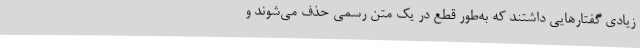
زیادی گفتارهایی داشتند که به‌طور قطع در یک متن رسمی حذف می‌شوند و